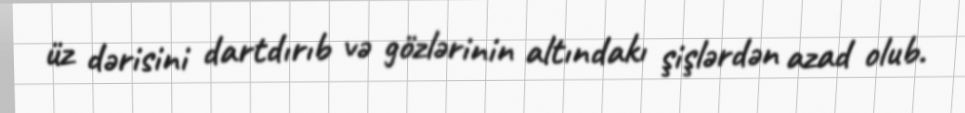
üz dərisini dartdırıb və gözlərinin altındakı şişlərdən azad olub.